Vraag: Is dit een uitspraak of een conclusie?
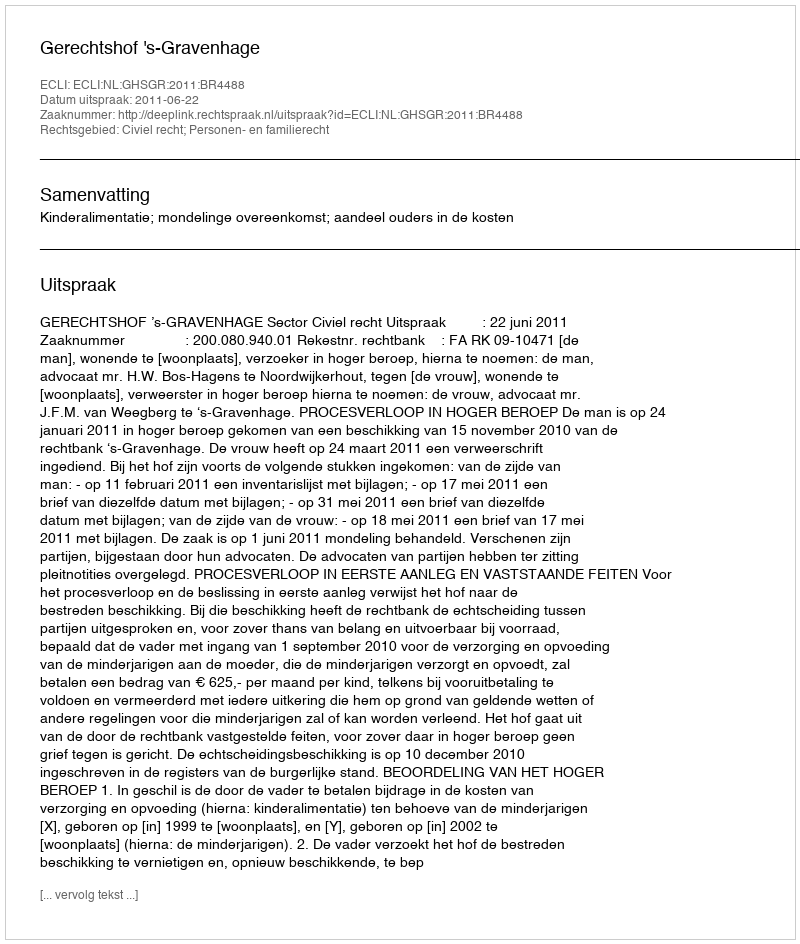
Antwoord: Uitspraak